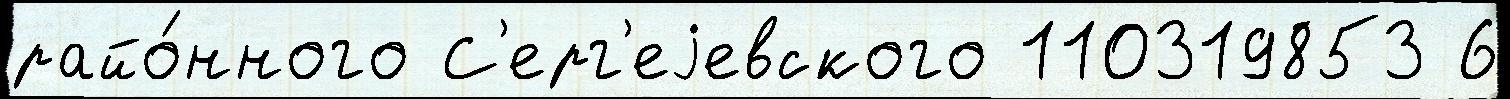
райо́нного С'ерг'еjевского 110319853 6